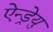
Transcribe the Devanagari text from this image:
ऐन्ड्रेयु